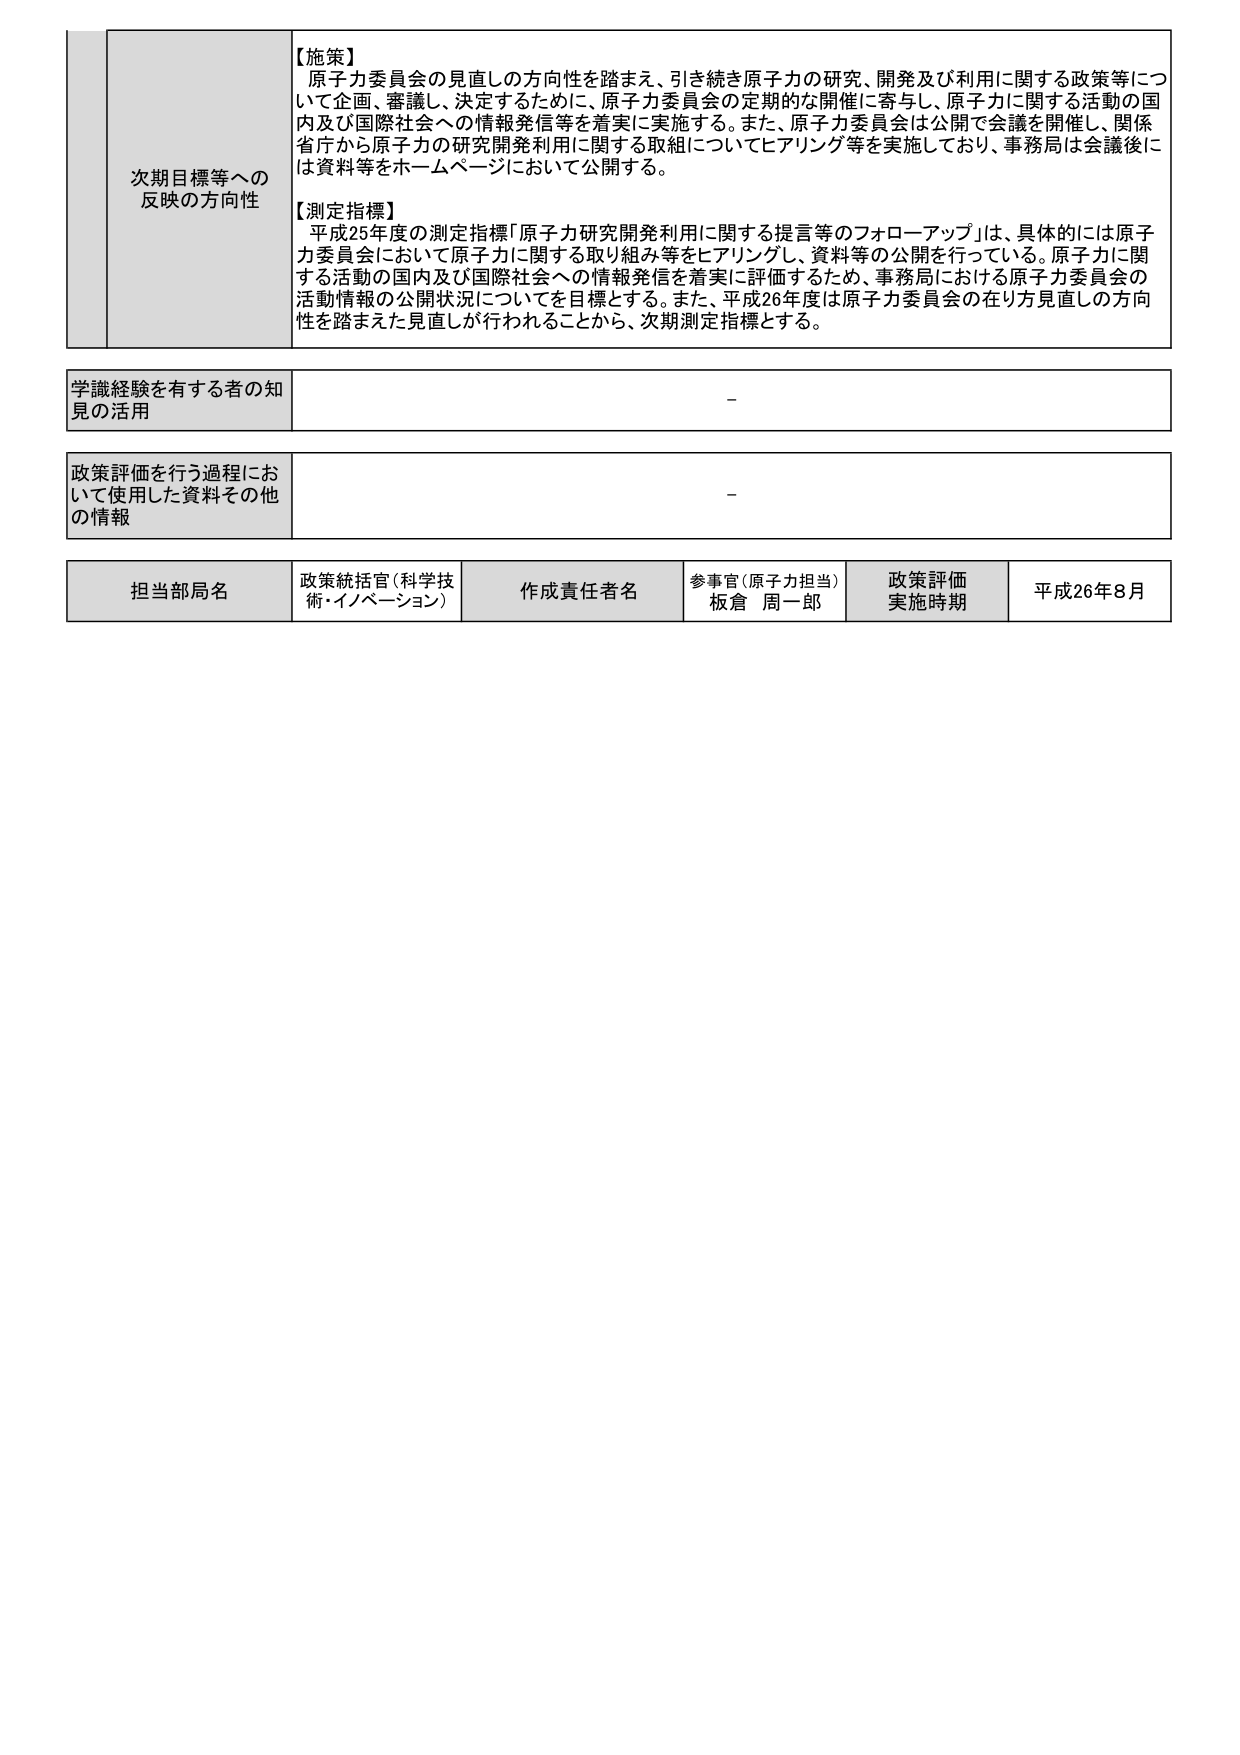
【施策】
原子力委員会の見直しの方向性を踏まえ、引き続き原子力の研究、開発及び利用に関する政策等について企画、審議し、決定するために、原子力委員会の定期的な開催に寄与し、原子力に関する活動の国内及び国際社会への情報発信等を着実に実施する。また、原子力委員会は公開で会議を開催し、関係省庁から原子力の研究開発利用に関する取組についてヒアリング等を実施しており、事務局は会議後には資料等をホームページにおいて公開する。

【測定指標】
平成25年度の測定指標「原子力研究開発利用に関する提言等のフォローアップ」は、具体的には原子力委員会において原子力に関する取り組み等をヒアリングし、資料等の公開を行っている。原子力に関する活動の国内及び国際社会への情報発信を着実に評価するため、事務局における原子力委員会の活動情報の公開状況についてを目標とする。また、平成26年度は原子力委員会の在り方見直しの方向性を踏まえた見直しが行われることから、次期測定指標とする。

学識経験を有する者の知見の活用
-

政策評価を行う過程において使用した資料その他 の情報
-

担当部局名
政策統括官（科学技術・イノベーション）

作成責任者名
参事官（原子力担当）
板倉 周一郎

政策評価実施時期
平成26年8月